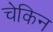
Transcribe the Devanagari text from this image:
चेकिन